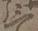
三